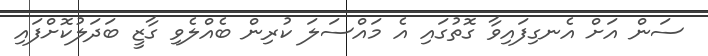
ސަން އަށް އެނގިފައިވާ ގޮތުގައި އެ މައްސަލަ ކުރިން ބެއްލެވި ގާޒީ ބަދަލުކޮށްފައި